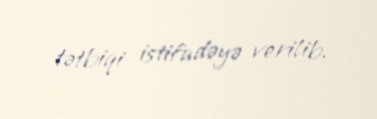
tətbiqi istifadəyə verilib.